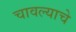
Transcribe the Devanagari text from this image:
चावल्याचे